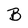
Character: B